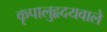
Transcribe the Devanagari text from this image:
कृपालुहृदयवाले